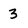
Character: 3